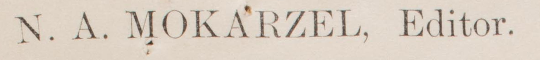
N. A. MOKARZEL, Editor.